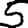
Digit: 5